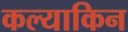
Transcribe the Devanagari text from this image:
कल्याकिन